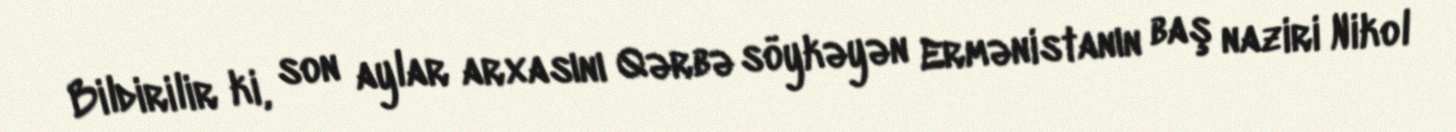
Bildirilir ki, son aylar arxasını Qərbə söykəyən Ermənistanın baş naziri Nikol